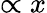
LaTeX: \propto x